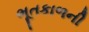
ભૂતકાળની